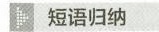
短语归纳